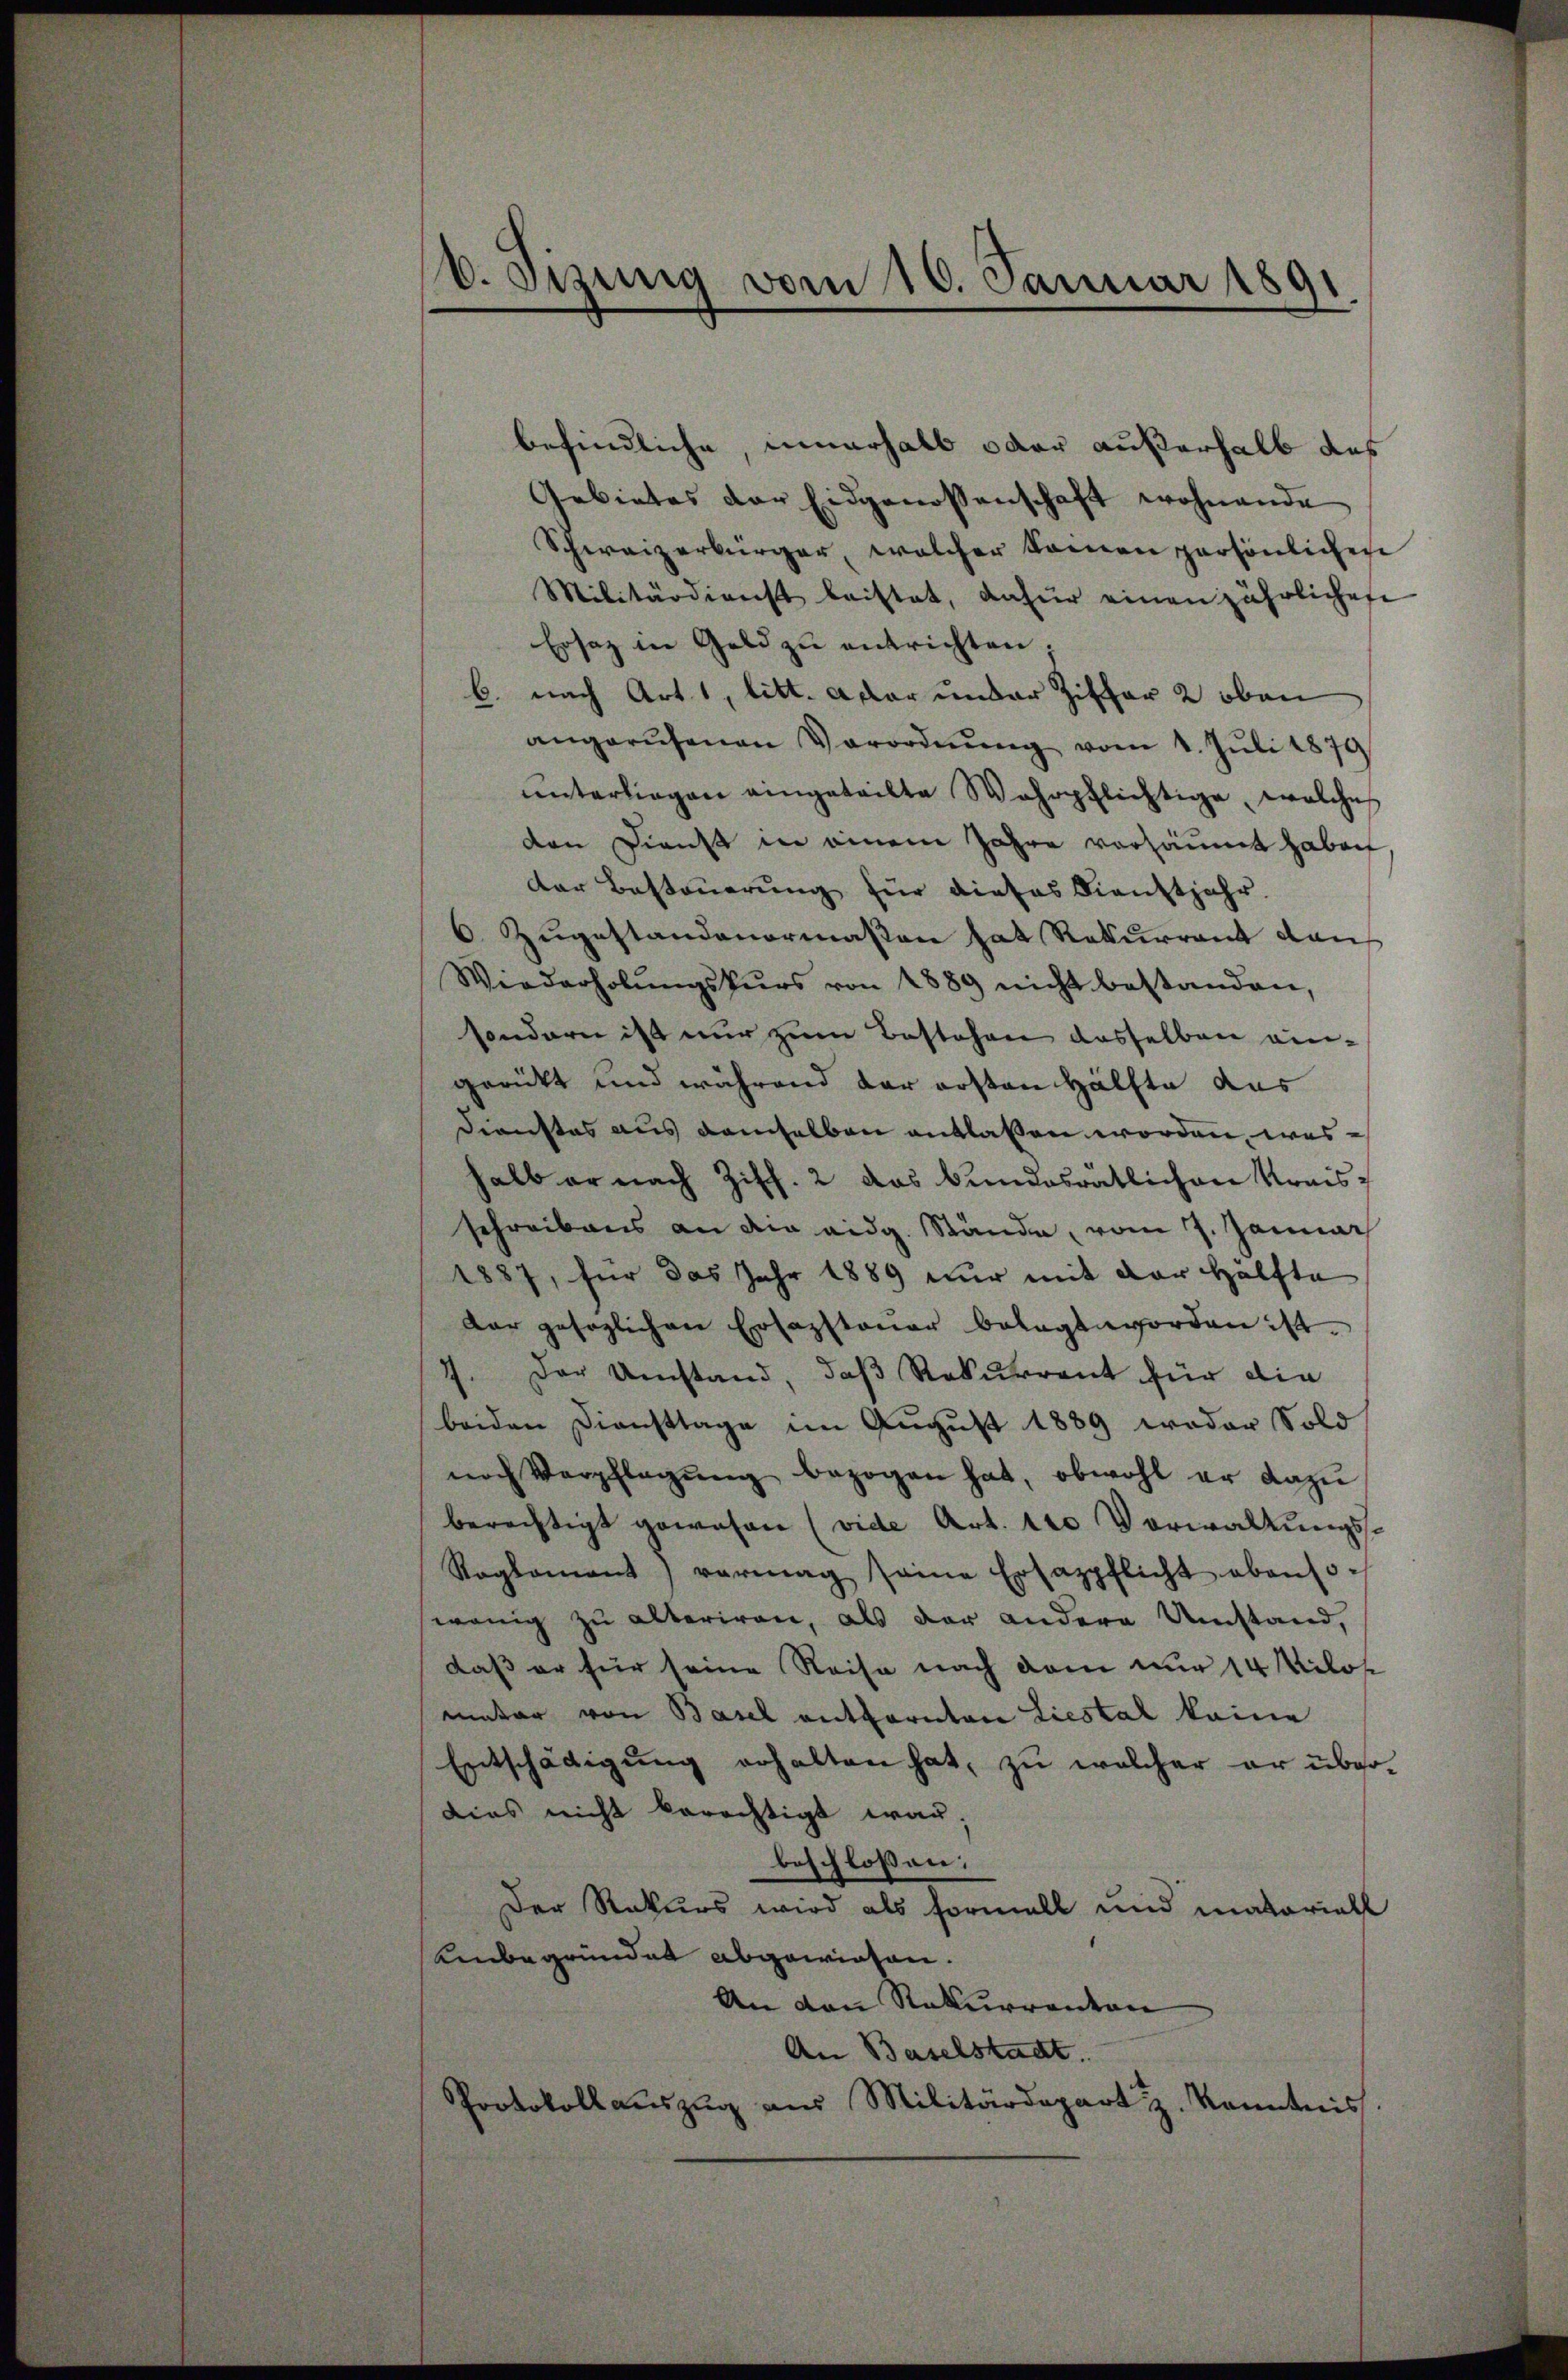
v. Szung vom 10. Januar 1891

befindliche, innerhalb oder außerhalb das
Gebietes der Eidgenossenschaft wohnende
Schweizerbürger, welcher kamen persönlichen
Militärdienst beistet, dafür einen jährlichese
Ersatz in Geld zu entrichten;
b. nach Art. 1, litt. Aber under Ziffer 2 oben
angerufenen Verordnŭng vom 1. Jŭli 1879
ŭnterliegen eingeteilte Wahrpflichtige, welches
den Dienst in einem Jahre versäumt haben
der Besteuerung für dieses Dienstjahr
6. Zŭgestandenormaßen hat Rekurrent dan
Wiederholŭngskŭrs von 1889 nicht bestanden,
sondern ist nur zum Bestehen dasselben eingerückt und während der ersten Hälfte das
Dienstes aus demselben entlassen worden, washalb er nach Ziff. 2 das Bundesrätlichen Kraisschreibens an die eidg. Stände, vom 7. Januar
1887, für das Jahr 1889 nur mit der Hälfte
dar gesezlichen Erfassteŭer belegt worden ist.
7. Der Umstand, daß Rekurrent für die
beiden Diensttage im August 1889 weder Sold
nach Verpflegŭng bezogen hat, obwohl er dazu
berechtigt gewesen (vide Art. 120 Vorwaltungs¬
Raglamont) vermag seine Ersazpflicht ebenso.
wenig zu alteriren, als der andere Umstand,
daß er für seine Reise nach dem nur 14 Milos
matar von Basel entfernten Liestal keine
Entschädigung erhalten hat, zu welcher er übrodies nicht berechtigt war
beschlossen:
Der Rekurs wird als Formell und matoriall
Unbegründet abgewiesen.
An den Rekurrenton
An Baselstadt.
Protokollauszug aus Militärdepart z. Kenntnis